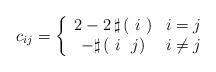
LaTeX: \begin{align*}c_{ij}=\left\{ \begin{array}{cc}2-2\,\sharp\,(\,\, i \,\,) & i=j \\-\sharp\,(\,\, i \,\,\,\,j) & i\neq j\\\end{array} \right.\end{align*}